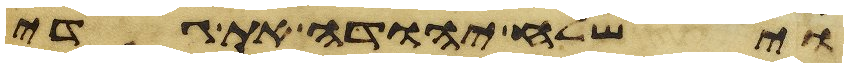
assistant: וישלח יהודה את גדי